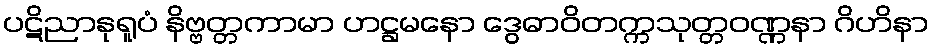
ပဋိညာနုရူပံ နိဗ္ဗတ္တကာမာ ဟဋ္ဌမနော ဒွေဓာဝိတက္ကသုတ္တဝဏ္ဏနာ ဂိဟိနာ